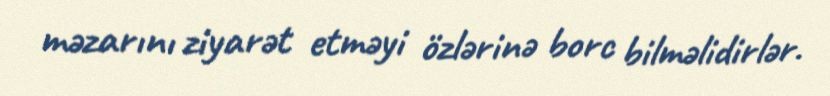
məzarını ziyarət etməyi özlərinə borc bilməlidirlər.